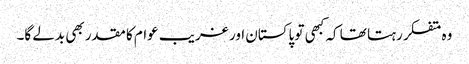
وہ متفکر رہتا تھا کہ کبھی تو پاکستان اور غریب عوام کا مقدر بھی بدلے گا۔